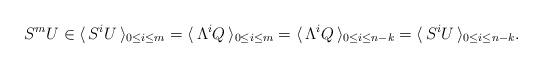
LaTeX: \begin{align*}S^m U \in \langle \, S^i U \, \rangle_{0 \leq i \leq m} = \langle \, \Lambda^i Q \, \rangle_{0 \leq i \leq m} = \langle \, \Lambda^i Q \, \rangle_{0 \leq i \leq n-k} = \langle \, S^i U \, \rangle_{0 \leq i \leq n-k}.\end{align*}